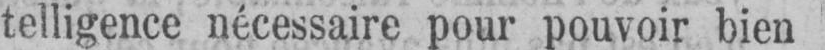
telligence nécessaire pour pouvoir bien